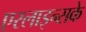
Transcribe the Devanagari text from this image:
एरलाइन्सके